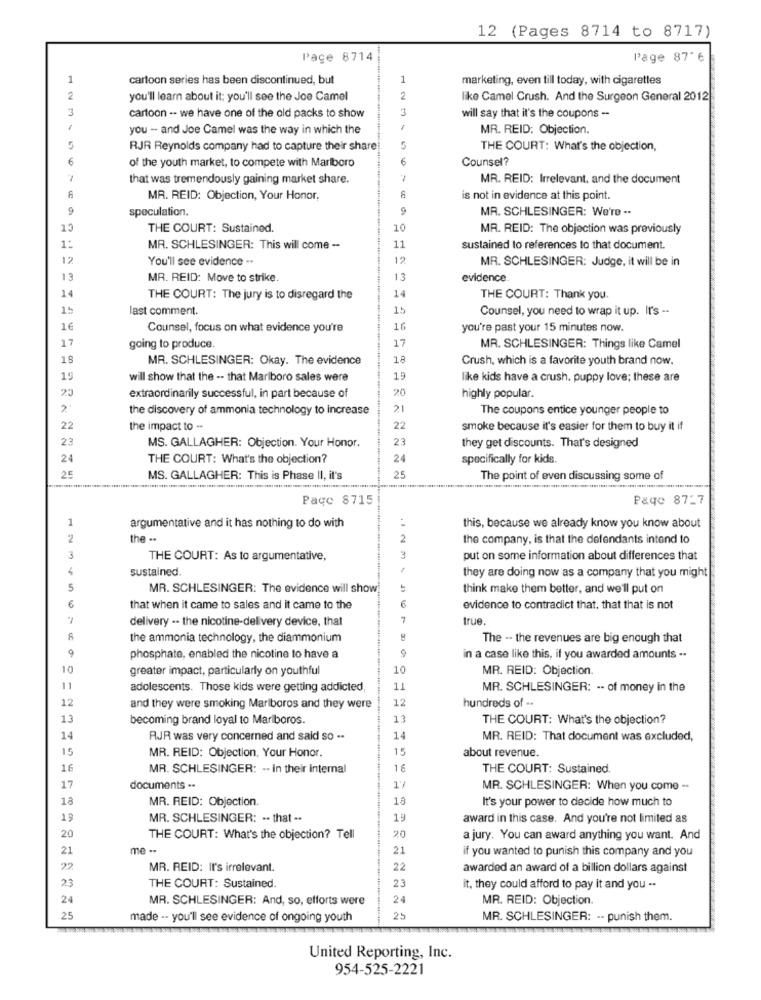
12 (Pages 8714 to 8717)
Pace 8714
Page 87" 6
1
cartoon series has been discontinued, but
1
marketing, even till today, with cigarettes
2
you'll learn about it; you'll see the Joe Camel
2
like Camel Crush. And the Surgeon General 2012
3
3
will say that it's the coupons --
cartoon -- we have one of the old packs to show
you - and Joe Camel was the way in which the
MR. REID: Objection.
5
RJR Reynolds company had to capture their share
5
THE COURT: What's the objection,
6
of the youth market, to compete with Marlboro
Counsel?
that was tremendously gaining market share.
MR. REID: Irrelevant, and the document
8
MR. REID: Objection, Your Honor,
is not in evidence at this point.
9
speculation.
9
MR. SCHLESINGER: We're --
13
THE COURT: Sustained.
10
MR. REID: The objection was previously
1:
MR. SCHLESINGER: This will come --
11
sustained to references to that document.
12
You'll see evidence -.
12
MR. SCHLESINGER: Judge, it will be in
13
MR. REID: Move to strike.
13
evidence
14
14
THE COURT: The jury is to disregard the
THE COURT: Thank you.
15
last comment.
15
Counsel, you need to wrap it up. It's --
16
Counsel, focus on what evidence you're
16
you're past your 15 minutes now.
17
17
going to produce.
MR. SCHLESINGER: Things like Camel
18
MR. SCHLESINGER: Okay. The evidence
18
Crush, which is a favorite youth brand now.
19
will show that the -- that Marlboro sales were
19
like kids have a crush. puppy love; these are
20
extraordinarily successful, in part because of
20
highly popular.
the discovery of ammonia technology to increase
21
The coupons entice younger people to
22
the impact to -
22
smoke because it's easier for them to buy it if
23
MS. GALLAGHER: Objection. Your Honor.
23
they get discounts. That's designed
24
THE COURT: What's the objection?
24
specifically for kids.
25
MS. GALLAGHER: This is Phase II, it's
25
The point of even discussing some of
Page 8715
Page 87-7
1
argumentative and it has nothing to do with
this, because we already know you know about
2
the ..
2
the company, is that the defendants intend to
THE COURT: As to argumentative,
3
put on some information about differences that
4
sustained.
they are doing now as a company that you might
5
MR. SCHLESINGER: The evidence will show
think make them better, and we'll put on
6
6
that when it came to sales and it came to the
evidence to contradict that, that that is not
delivery -. the nicotine-delivery device, that
7
true.
the ammonia technology, the diammonium
The -. the revenues are big enough that
9
phosphate, enabled the nicotine to have a
in a case like this, if you awarded amounts --
greater impact, particularly on youthful
10
MR. REID: Objection.
TT
11
adolescents. Those kids were getting addicted,
MR. SCHLESINGER: -- of money in the
12
12
hundreds of ..
and they were smoking Mariboros and they were
13
becoming brand loyal to Mariboros.
13
THE COURT: What's the objection?
14
RJR was very concerned and said so ..
14
MR. REID: That document was excluded,
15
MR. REID: Objection, Your Honor.
15
about revenue.
16
MR. SCHLESINGER: -- In their internal
16
THE COURT: Sustained.
17
documents --
17
MR. SCHLESINGER: When you come -
18
MR. REID: Objection.
18
It's your power to decide how much to
19
MR. SCHLESINGER: .. that ..
19
award in this case. And you're not limited as
20
THE COURT: What's the objection? Tell
20
a jury. You can award anything you want. And
21
me --
21
if you wanted to punish this company and you
22
MR. REID: It's irrelevant.
22
awarded an award of a billion dollars against
23
23
THE COURT: Sustained.
it, they could afford to pay it and you --
24
MR. SCHLESINGER: And, so, efforts were
24
MR. REID: Objection
25
made -- you'll see evidence of ongoing youth
25
MR. SCHLESINGER: -- punish them.
United Reporting, Inc.
954-525-2221